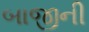
બાજીની